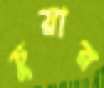
চুয়ার